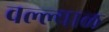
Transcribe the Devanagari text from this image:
वल्ल्याळ